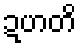
ဍဟတိ